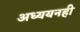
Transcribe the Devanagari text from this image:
अध्ययनही